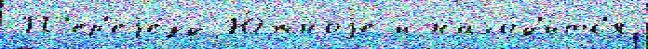
П'ер'еjе́зд Ю́жноjе и нахо́д'итс'я